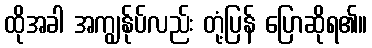
ထိုအခါ အကျွန်ုပ်လည်း တုံ့ပြန် ပြောဆိုရ၏။